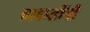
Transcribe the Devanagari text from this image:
व्यकतींनी